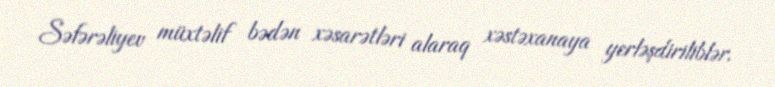
Səfərəliyev müxtəlif bədən xəsarətləri alaraq xəstəxanaya yerləşdiriliblər.